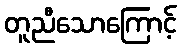
တူညီသောကြောင့်